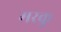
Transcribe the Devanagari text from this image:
मरकु